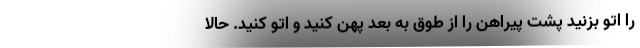
را اتو بزنید پشت پیراهن را از طوق به بعد پهن کنید و اتو کنید. حالا